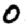
Digit: 0